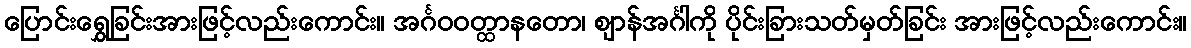
ပြောင်းရွှေခြင်းအားဖြင့်လည်းကောင်း။ အင်္ဂဝဝတ္ထာနတော၊ ဈာန်အင်္ဂါကို ပိုင်းခြားသတ်မှတ်ခြင်း အားဖြင့်လည်းကောင်း။